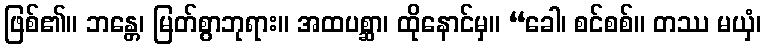
ဖြစ်၏။ ဘန္တေ၊ မြတ်စွာဘုရား။ အထပစ္ဆာ၊ ထိုနောင်မှ။ “ခေါ၊ စင်စစ်။ တဿ မယှံ၊